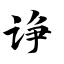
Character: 诤